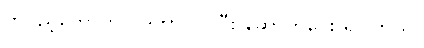
တပည့်တော်ကပဲ ဒကာလုပ်ပြီး ဆောက်ပေး ရပါတယ်။